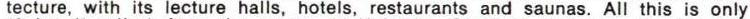
tecture, with its lecture halls, hotels, restaurants and saunas. All this is only